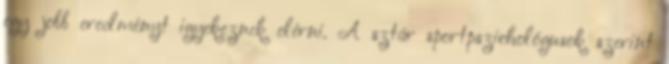
egy jobb eredményt igyekeznek elérni. A sztár sportpszichológusok szerint